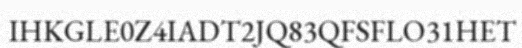
IHKGLE0Z4IADT2JQ83QFSFLO31HET